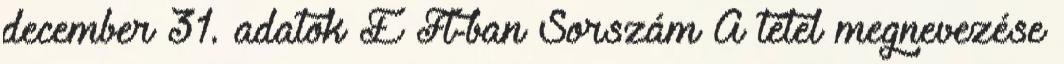
december 31. adatok E Ft-ban Sorszám A tétel megnevezése